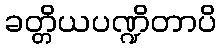
ခတ္တိယပဏ္ဍိတာပိ